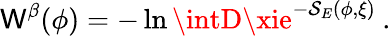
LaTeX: \mathsf{W}^{\beta}(\phi)=-\ln\intD\xie^{-\mathcal{S}_{E}(\phi,\xi)}\: .